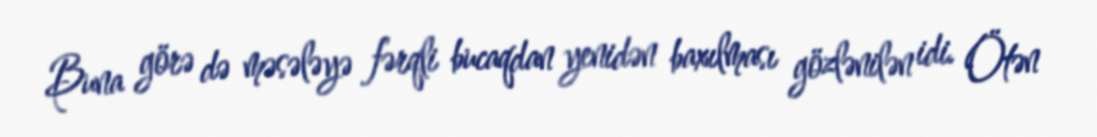
Buna görə də məsələyə fərqli bucaqdan yenidən baxılması gözlənilən idi. Ötən